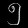
Digit: ၅